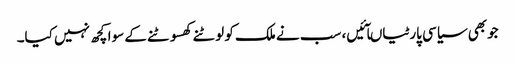
جوبھی سیاسی پارٹیاںآئیں، سب نے ملک کو لوٹنے کھسوٹنے کے سوا کچھ نہیں کیا۔